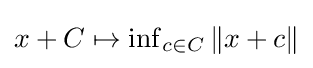
{\textstyle x+C\mapsto \inf _{c\in C}\|x+c\|}